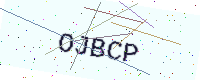
Text: OJBCP